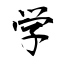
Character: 学